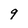
Character: 9